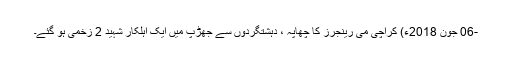
-06 جون 2018ء) کراچی می رینجرز کا چھاپہ ، دہشتگردوں سے جھڑپ میں ایک اہلکار شہید 2 زخمی ہو گئے۔